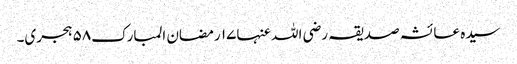
سیدہ عائشہ صدیقہ رضی اللہ عنہا١٧ رمضان المبارک٥٨ ہجری۔